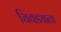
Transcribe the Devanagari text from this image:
चिवड्याला